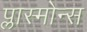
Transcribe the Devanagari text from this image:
प्लास्मोन्स